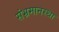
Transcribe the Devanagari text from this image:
संभ्रमानस्था